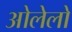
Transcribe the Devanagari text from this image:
ओलेलो